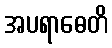
အပရာဓေတိ